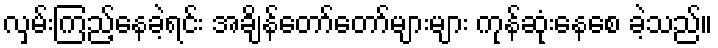
လှမ်းကြည့်နေခဲ့ရင်း အချိန်တော်တော်များများ ကုန်ဆုံးနေစေ ခဲ့သည်။